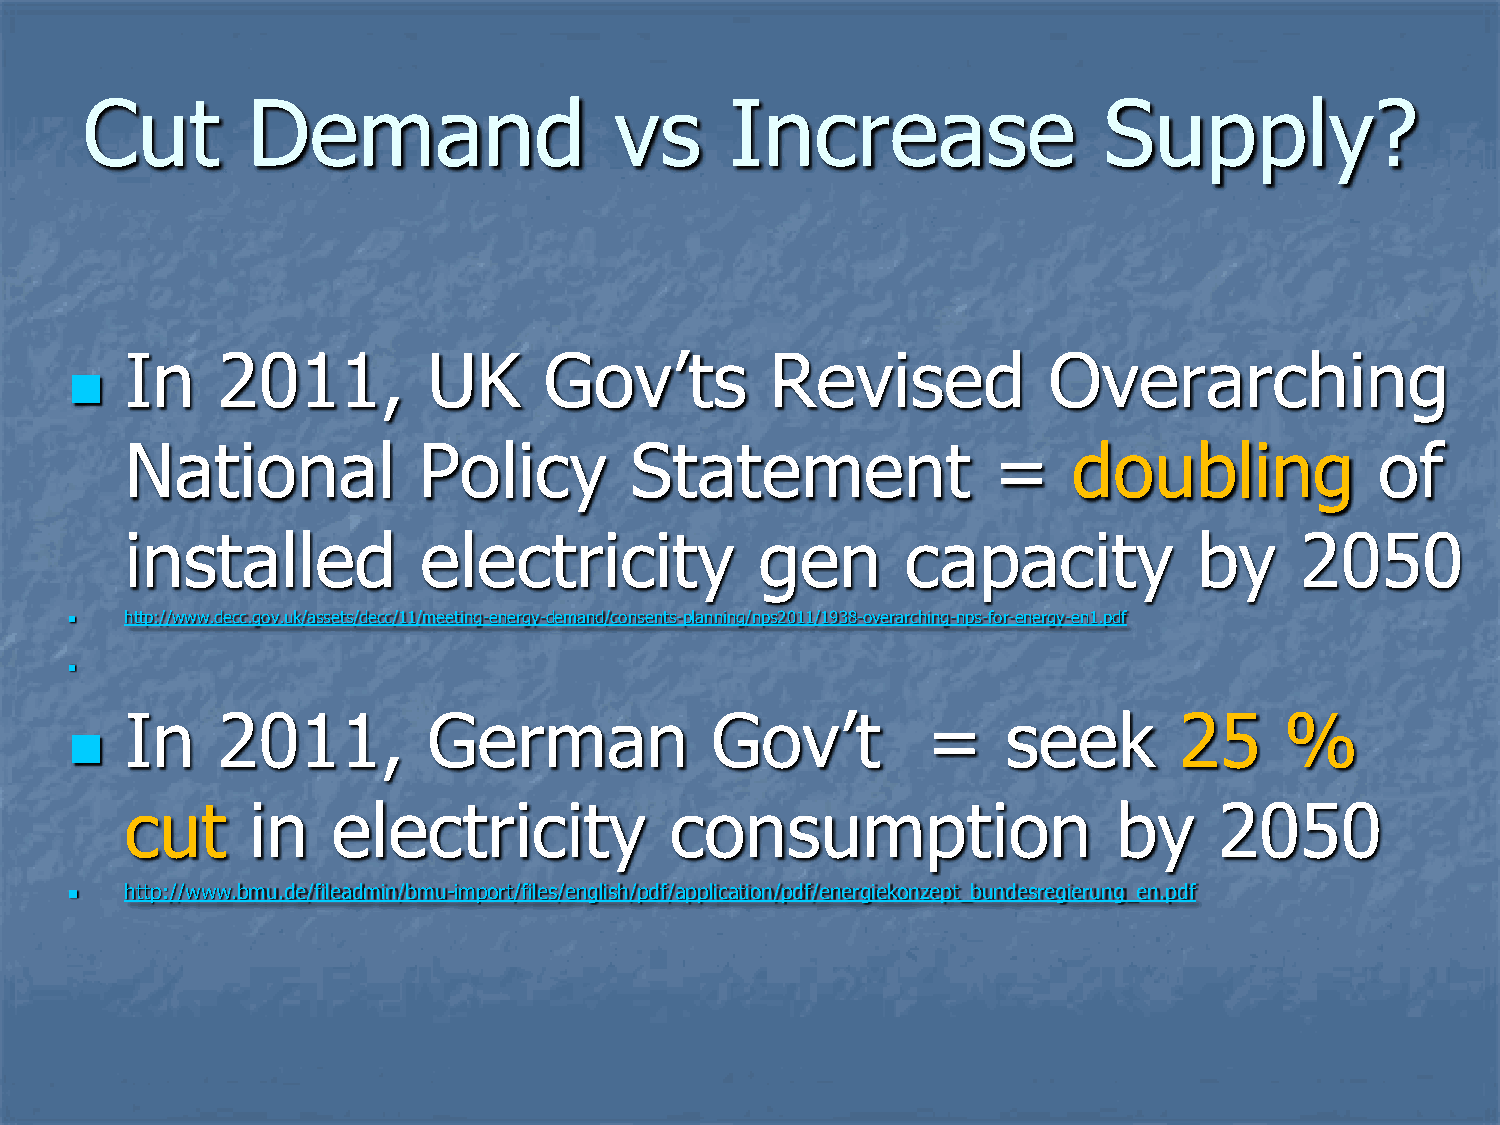
Cut        Demand                   vs     Increase                 Supply?
 In    2011,         UK      Gov’ts         Revised           Overarching
 
 National            Policy        Statement               =    doubling            of
 installed           electricity           gen       capacity           by     2050
   http://www.decc.gov.uk/assets/decc/11/meeting-energy-demand/consents-planning/nps2011/1938-overarching-nps-for-energy-en1.pdf
 
 In    2011,         German             Gov’t         =     seek       25     %
 
 cut     in    electricity           consumption                   by     2050
   http://www.bmu.de/fileadmin/bmu-import/files/english/pdf/application/pdf/energiekonzept_bundesregierung_en.pdf